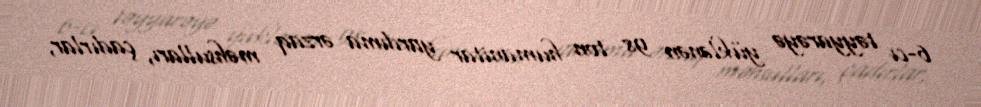
6-cı təyyarəyə yüklənən 98 ton humanitar yardıma ərzaq məhsulları, çadırlar,